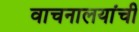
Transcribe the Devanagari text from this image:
वाचनालयांची